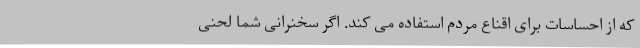
که از احساسات برای اقناع مردم استفاده می کند. اگر سخنرانی شما لحنی